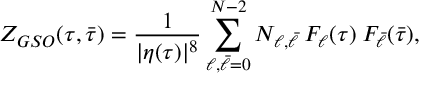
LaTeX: Z _ { G S O } ( \tau , \bar { \tau } ) = \frac { 1 } { | \eta ( \tau ) | ^ { 8 } } \sum _ { \ell , \bar { \ell } = 0 } ^ { N - 2 } N _ { \ell , \bar { \ell } } \: F _ { \ell } ( \tau ) \: F _ { \bar { \ell } } ( \bar { \tau } ) ,